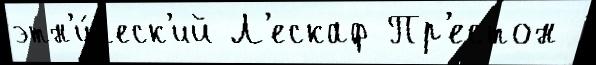
этн'и́ческ'ий Л'ескаф Пр'естон